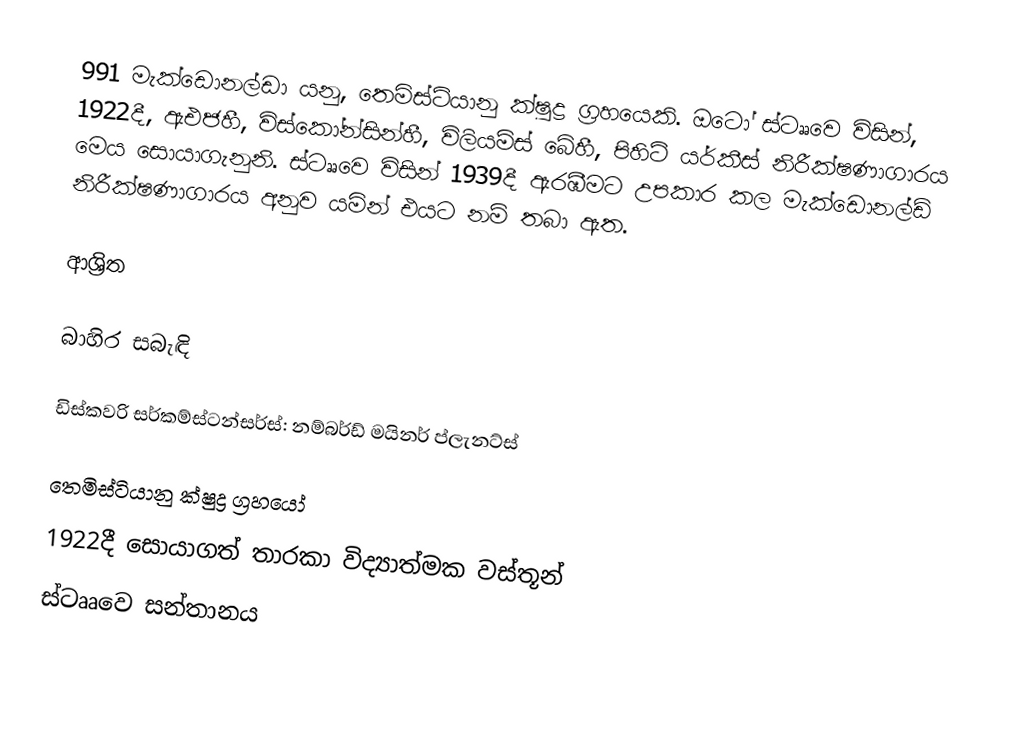
991 මැක්ඩොනල්ඩා යනු,   තෙමිස්ටියානු ක්ෂුද්‍ර ග්‍රහයෙකි. ඔටෝ ස්ටෲවෙ විසින්, 1922දී, ඇඑජහී, විස්කෝන්සින්හී, විලියම්ස් බේහී, පිහිටි යර්කීස් නිරීක්ෂණාගාරය මෙය සොයාගැනුනි. ස්ටෲවෙ විසින් 1939දී ඇරඹීමට උපකාර කල මැක්ඩොනල්ඩ් නිරීක්ෂණාගාරය අනුව යමින් එයට නම් තබා ඇත.

ආශ්‍රිත

බාහිර සබැඳි

 ඩිස්කවරි සර්කම්ස්ටන්සර්ස්: නම්බර්ඩ් මයිනර් ප්ලැනට්ස්

තෙමිස්ටියානු ක්ෂුද්‍ර ග්‍රහයෝ
1922දී සොයාගත් තාරකා විද්‍යාත්මක වස්තූන්
ස්ටෲවෙ සන්තානය